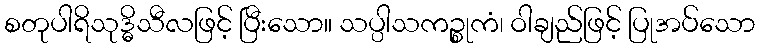
စတုပါရိသုဒ္ဓိသီလဖြင့် ပြီးသော။ သပ္ပါသကဉ္စုကံ၊ ဝါချည်ဖြင့် ပြုအပ်သော